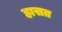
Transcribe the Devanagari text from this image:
हासत